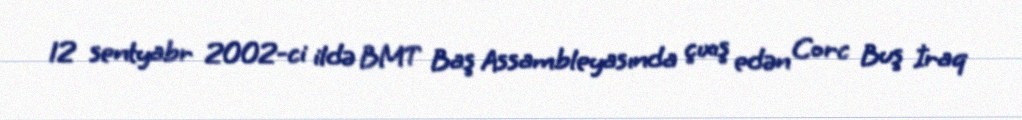
12 sentyabr 2002-ci ildə BMT Baş Assambleyasında çıxış edən Corc Buş İraq